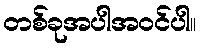
တစ်ခုအပါအဝင်ပါ။